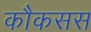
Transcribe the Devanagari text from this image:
कौकसस